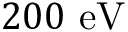
2 0 0 ~ \mathrm { e V }